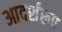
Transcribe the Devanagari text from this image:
आदर्शरूप